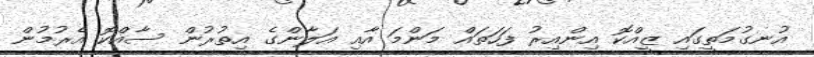
އުނގުމަތީގައި ޒީއްކޮ އިންއިރު ފަހަތައް މަންމަ އާއި އަލާންގެ އިތުރުން ސާއްކޮ އެރުމުން